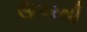
ઊપરથી